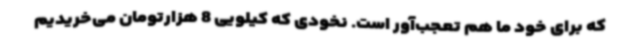
که برای خود ما هم تعجب‌آور است. نخودی که کیلویی 8 هزارتومان می‌خریدیم